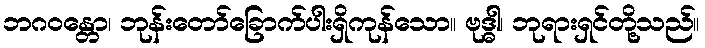
ဘဂဝန္တော၊ ဘုန်းတော်ခြောက်ပါးရှိကုန်သော။ ဗုဒ္ဓါ၊ ဘုရားရှင်တို့သည်။